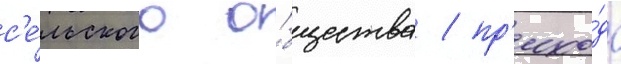
с'е́льского о́бщества / пр'ихо́да